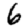
Digit: 6